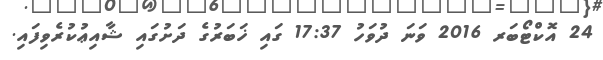
24 އޮކްޓޯބަރ 2016 ވަނަ ދުވަހު 17:37 ގައި ޚަބަރުގެ ދަށުގައި ޝާއިޢުކުރެވިފައި.